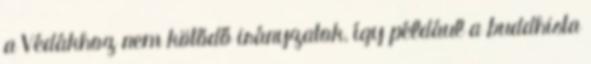
a Védákhoz nem kötődő irányzatok, így például a buddhista